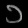
Digit: ၁